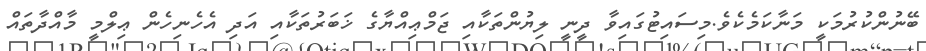
ބޭނުންކުރުމަކީ މަނާކަމެކެވެ.މިސައިޓުގައިވާ ދީނީ ލިޔުންތަކާއި ޖަމްޢިއްޔާގެ ޚަބަރުތަކާއި އަދި އެހެނިހެން ޢިލްމީ މާއްދާތައް